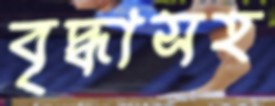
বৃদ্ধাসহ